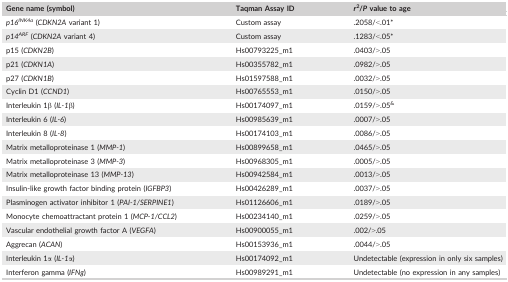
<table><thead><tr><td><b>Gene name (symbol)</b></td><td><b>Taqman Assay ID</b></td><td><b><i>r</i><sup>2</sup>/<i>P</i> value to age</b></td></tr></thead><tbody><tr><td><i>p16</i><sup><i>INK4a</i></sup> (<i>CDKN2A</i> variant 1)</td><td>Custom assay</td><td>.2058/&lt;.01*</td></tr><tr><td><i>p14</i><sup><i>ARF</i></sup> (<i>CDKN2A</i> variant 4)</td><td>Custom assay</td><td>.1283/&lt;.05*</td></tr><tr><td>p15 (<i>CDKN2B</i>)</td><td>Hs00793225_m1</td><td>.0403/&gt;.05</td></tr><tr><td>p21 (<i>CDKN1A</i>)</td><td>Hs00355782_m1</td><td>.0982/&gt;.05</td></tr><tr><td>p27 (<i>CDKN1B</i>)</td><td>Hs01597588_m1</td><td>.0032/&gt;.05</td></tr><tr><td>Cyclin D1 (<i>CCND1</i>)</td><td>Hs00765553_m1</td><td>.0150/&gt;.05</td></tr><tr><td>Interleukin 1β (<i>IL‐1</i>β)</td><td>Hs00174097_m1</td><td>.0159/&gt;.05<sup>&amp;</sup></td></tr><tr><td>Interleukin 6 (<i>IL‐6</i>)</td><td>Hs00985639_m1</td><td>.0007/&gt;.05</td></tr><tr><td>Interleukin 8 (<i>IL‐8</i>)</td><td>Hs00174103_m1</td><td>.0086/&gt;.05</td></tr><tr><td>Matrix metalloproteinase 1 (<i>MMP‐1</i>)</td><td>Hs00899658_m1</td><td>.0465/&gt;.05</td></tr><tr><td>Matrix metalloproteinase 3 (<i>MMP‐3</i>)</td><td>Hs00968305_m1</td><td>.0005/&gt;.05</td></tr><tr><td>Matrix metalloproteinase 13 (<i>MMP‐13</i>)</td><td>Hs00942584_m1</td><td>.0013/&gt;.05</td></tr><tr><td>Insulin‐like growth factor binding protein (<i>IGFBP3</i>)</td><td>Hs00426289_m1</td><td>.0037/&gt;.05</td></tr><tr><td>Plasminogen activator inhibitor 1 (<i>PAI‐1/SERPINE1</i>)</td><td>Hs01126606_m1</td><td>.0189/&gt;.05</td></tr><tr><td>Monocyte chemoattractant protein 1 (<i>MCP‐1/CCL2</i>)</td><td>Hs00234140_m1</td><td>.0259/&gt;.05</td></tr><tr><td>Vascular endothelial growth factor A (<i>VEGFA</i>)</td><td>Hs00900055_m1</td><td>.002/&gt;.05</td></tr><tr><td>Aggrecan (<i>ACAN</i>)</td><td>Hs00153936_m1</td><td>.0044/&gt;.05</td></tr><tr><td>Interleukin 1α (<i>IL‐1</i>α)</td><td>Hs00174092_m1</td><td>Undetectable (expression in only six samples)</td></tr><tr><td>Interferon gamma (<i>IFNg</i>)</td><td>Hs00989291_m1</td><td>Undetectable (no expression in any samples)</td></tr></tbody></table>